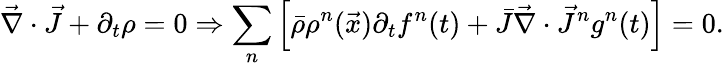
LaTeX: \vec{\nabla}\cdot\vec{J}+\partial_{t}\rho=0\Rightarrow\sum_{n}\left[\bar{\rho}\rho^{n}(\vec{x})\partial_{t}f^{n}(t)+\bar{J}\vec{\nabla}\cdot\vec{J}^{n}g^{n}(t)\right]=0.